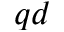
_ { q d }